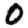
Digit: 0